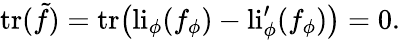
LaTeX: \mathrm{tr}(\tilde{f})=\mathrm{tr}\big(\mathrm{li}_{\phi}(f_{\phi})-\mathrm{li}_{\phi}^{\prime}(f_{\phi})\big)=0.